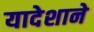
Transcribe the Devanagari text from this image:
यादेशाने